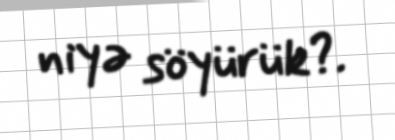
niyə söyürük?.